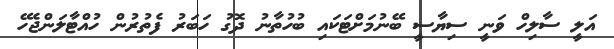
އަލީ ސާލިހް ވަނީ ސިޔާސީ ބޭނުމަށްޓަކައި ބުހުތާނު ދޮގު ހަބަރު ފެތުރުން ހުއްޓާލަންޖެހޭ